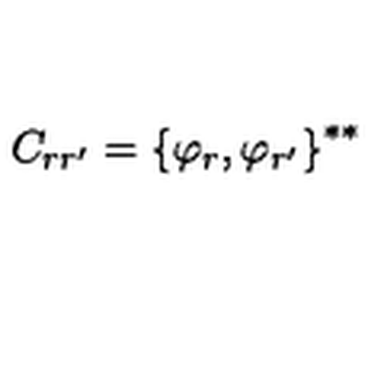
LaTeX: C _ { r r ^ { \prime } } = { \{ \varphi _ { r } , \varphi _ { r ^ { \prime } } \} } ^ { * * }